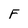
Character: F